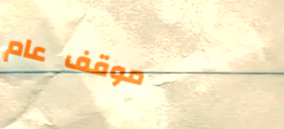
موقف عام